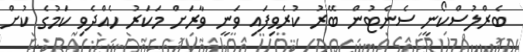
ބެރްލުސްކޯނީ ސެނެޓުން ބޭރު ކުރެވިފައި ވަނީ ވާރަށް މަކަރު ހެއްދެވި ކަމުގެ ކުށް